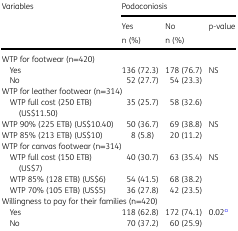
| <ROWSPAN=3> Variables | <COLSPAN=3> Podoconiosis |
 | Yes | No | <ROWSPAN=2> p-value |
 | n (%) | n (%) |
 | --- | --- | --- | --- |
 | <COLSPAN=4> WTP for footwear (n=420) |
 | Yes | 136 (72.3) | 178 (76.7) | NS |
 | No | 52 (27.7) | 54 (23.3) |  |
 | <COLSPAN=4> WTP for leather footwear (n=314) |
 | WTP full cost (250 ETB)(US$11.50) | 35 (25.7) | 58 (32.6) |  |
 | WTP 90% (225 ETB) (US$10.40) | 50 (36.7) | 69 (38.8) | NS |
 | WTP 85% (213 ETB) (US$10) | 8 (5.8) | 20 (11.2) |  |
 | <COLSPAN=4> WTP for canvas footwear (n=314) |
 | WTP full cost (150 ETB)(US$7) | 40 (30.7) | 63 (35.4) | NS |
 | WTP 85% (128 ETB) (US$6) | 54 (41.5) | 68 (38.2) |  |
 | WTP 70% (105 ETB) (US$5) | 36 (27.8) | 42 (23.5) |  |
 | <COLSPAN=4> Willingness to pay for their families (n=420) |
 | Yes | 118 (62.8) | 172 (74.1) | 0.02a |
 | No | 70 (37.2) | 60 (25.9) |  |